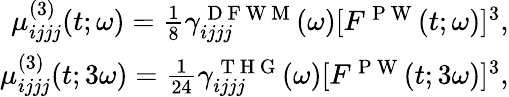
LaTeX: \begin{array}{r}{\mu_{ijjj}^{(3)}(t;\omega)=\frac{1}{8}\gamma_{ijjj}^{\mathrm{~D~F~W~M~}}(\omega)[F^{\mathrm{~P~W~}}(t;\omega)]^{3},}\\ {\mu_{ijjj}^{(3)}(t;3\omega)=\frac{1}{24}\gamma_{ijjj}^{\mathrm{~T~H~G~}}(\omega)[F^{\mathrm{~P~W~}}(t;3\omega)]^{3},}\end{array}